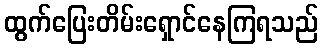
ထွက်ပြေးတိမ်းရှောင်နေကြရသည်